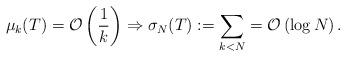
LaTeX: \begin{align*}\mu_k(T) = \mathcal{O}\left(\frac{1}{k}\right) \Rightarrow \sigma_N(T):= \sum_{k < N}^{}=\mathcal{O}\left(\log N\right).\end{align*}